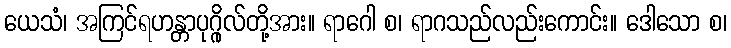
ယေသံ၊ အကြင်ရဟန္တာပုဂ္ဂိုလ်တို့အား။ ရာဂေါ စ၊ ရာဂသည်လည်းကောင်း။ ဒေါသော စ၊